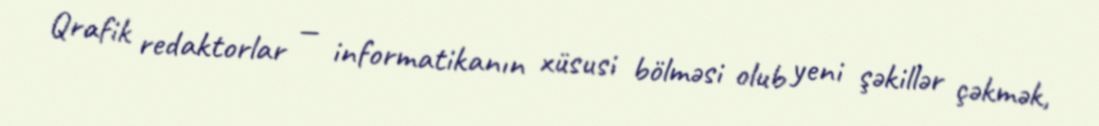
Qrafik redaktorlar — informatikanın xüsusi bölməsi olub yeni şəkillər çəkmək,